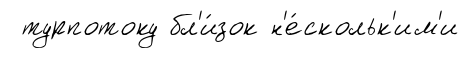
турпотоку бл'и́зок н'е́скольк'им'и